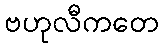
ဗဟုလီကတေ